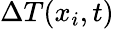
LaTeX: \Delta T(x_{i},t)